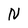
Character: N